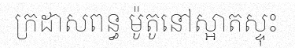
ក្រដាសពន្ធ ម៉ូតូនៅស្អាតស្ទុះ